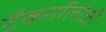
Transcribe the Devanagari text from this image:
टॅकनॉलोजी